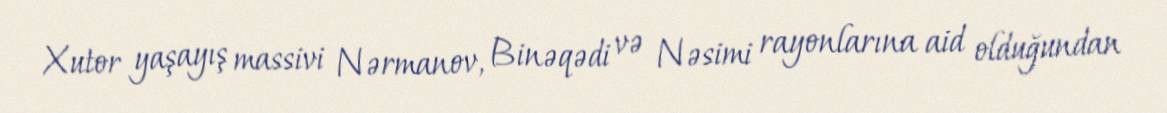
Xutor yaşayış massivi Nərmanov, Binəqədi və Nəsimi rayonlarına aid olduğundan